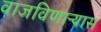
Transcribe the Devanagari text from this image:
वाजविणाऱ्यास